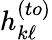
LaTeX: h_{k\ell}^{(to)}